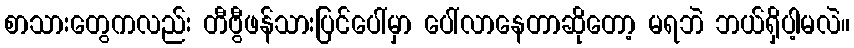
စာသားတွေကလည်း တီဗွီဖန်သားပြင်ပေါ်မှာ ပေါ်လာနေတာဆိုတော့ မရဘဲ ဘယ်ရှိပါ့မလဲ။